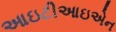
આઇટીઆઇએન